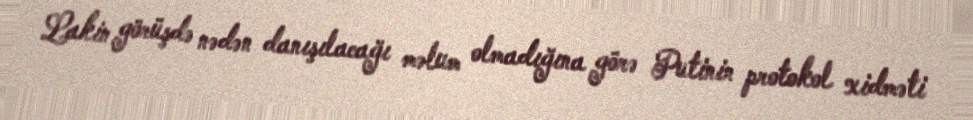
Lakin görüşdə nədən danışılacağı məlum olmadığına görə Putinin protokol xidməti